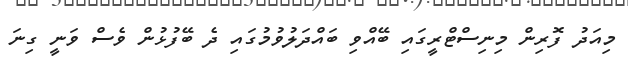
މިއަދު ފޮރިން މިނިސްޓްރީގައި ބޭއްވި ބައްދަލުވުމުގައި ދެ ބޭފުޅުން ވެސް ވަނީ ގިނަ